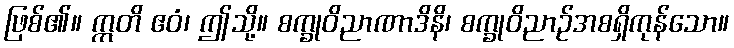
ဖြစ်၏။ ဣတိ ဧဝံ၊ ဤသို့။ စက္ခုဝိညာဏာဒိနိ၊ စက္ခုဝိညာဉ်အစရှိကုန်သော။